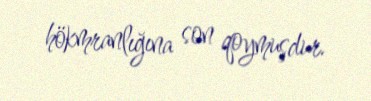
hökmranlığına son qoymuşdur.